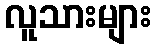
လူသားများ